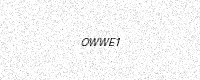
Text: OWWE1